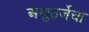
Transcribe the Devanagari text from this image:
अणुउर्जेचा